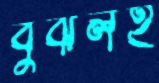
বুঝলই